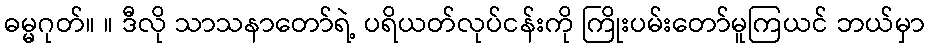
ဓမ္မဂုတ်။ ။ ဒီလို သာသနာတော်ရဲ့ ပရိယတ်လုပ်ငန်းကို ကြိုးပမ်းတော်မူကြယင် ဘယ်မှာ